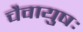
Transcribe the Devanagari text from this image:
चैवायुषः